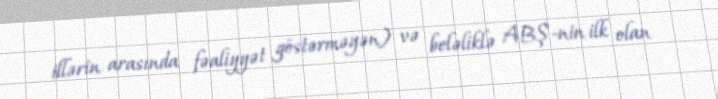
illərin arasında fəaliyyət göstərməyən) və beləliklə ABŞ-nin ilk olan